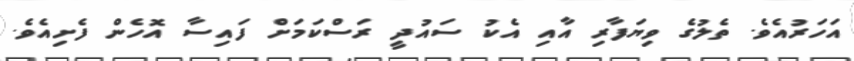
އަހަރުއެވެ. ތެލުގެ ވިޔަފާރި އާއި އެކު ސައުދީ ރަސްކަމަށް ފައިސާ އޮހެން ފެށިއެވެ.